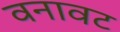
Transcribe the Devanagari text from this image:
वनावट